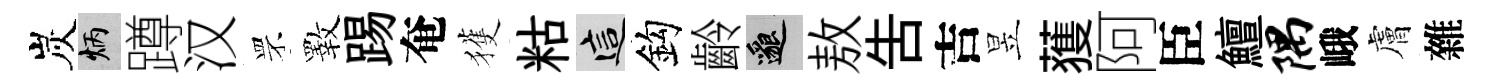
炭炳蹲汉罘斁踢奄獲䊀這鈎齡邈敖吿吉昱𫉬阿臣鱣隅峨膚雜